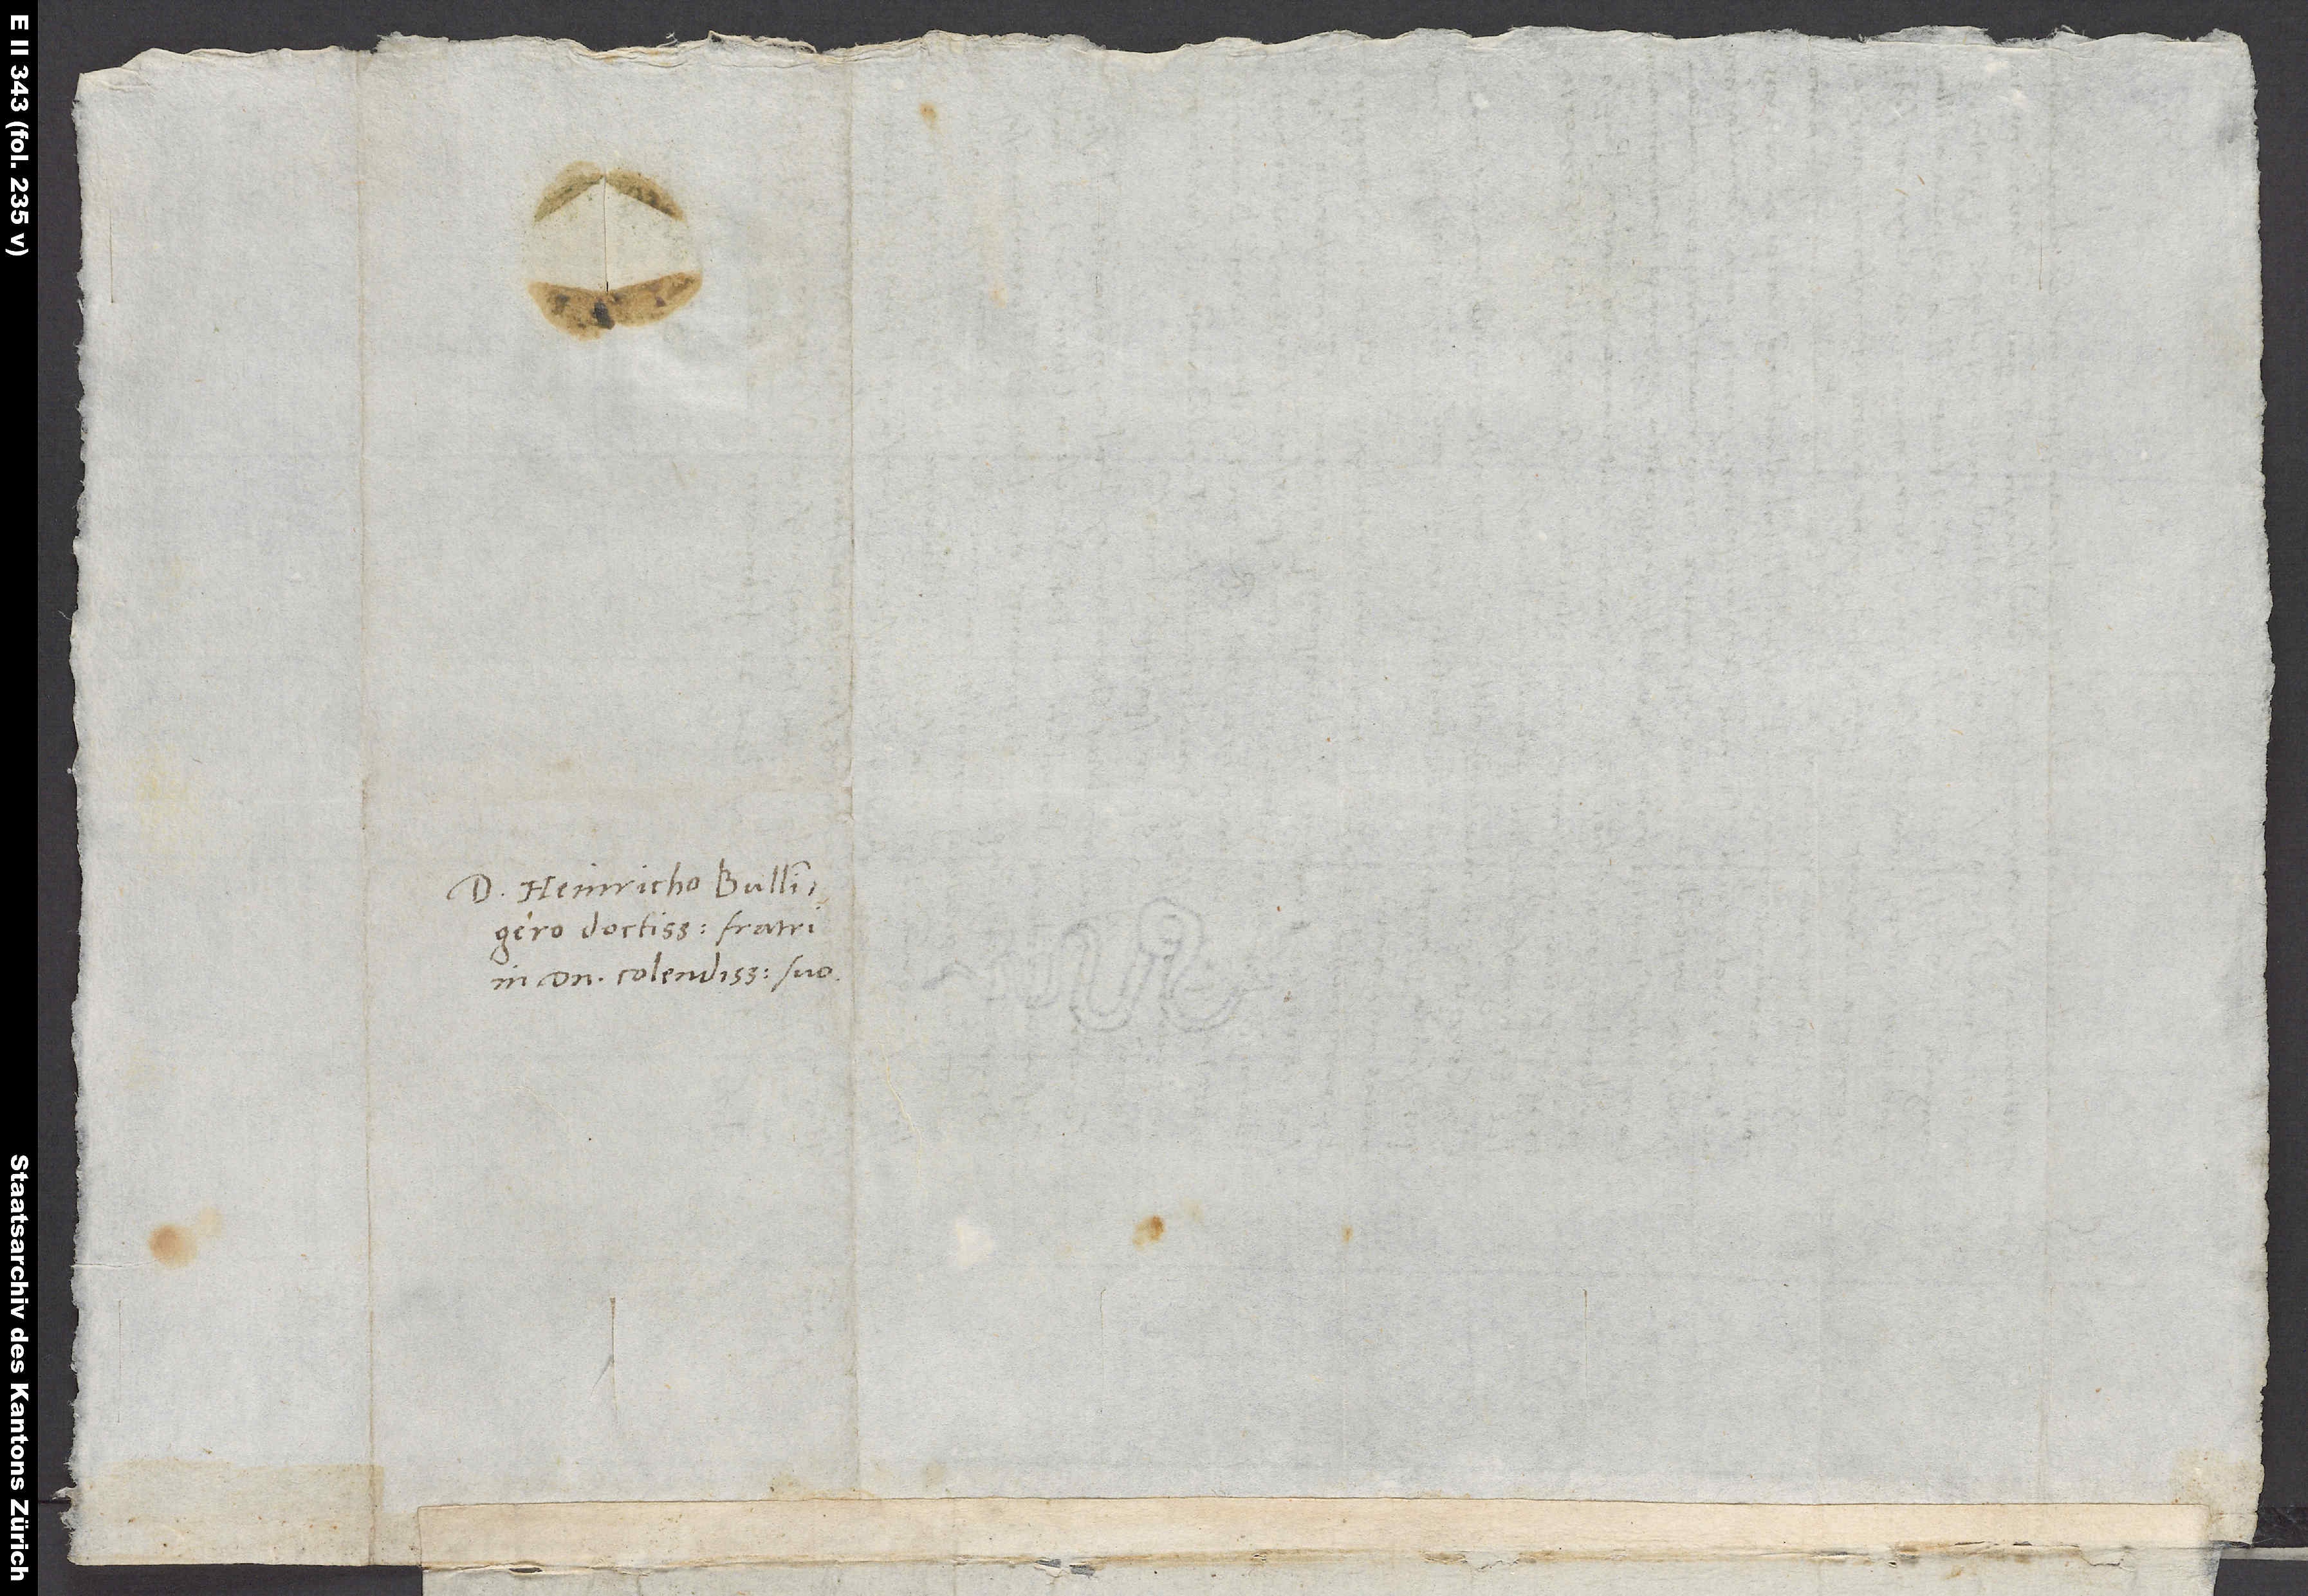
Domino Heinricho Bullingero
doctissimo, fratri
in domino colendissimo suo.